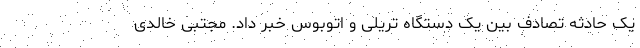
یک حادثه تصادف بین یک دستگاه تریلی و اتوبوس خبر داد. مجتبی خالدی